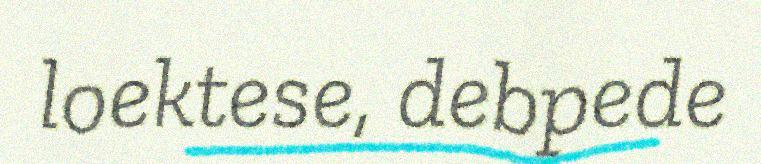
loektese, debpede